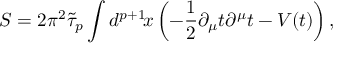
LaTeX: S = 2 \pi ^ { 2 } \tilde { \tau } _ { p } \int d ^ { p + 1 } \! x \left( - \frac { 1 } { 2 } \partial _ { \mu } t \partial ^ { \mu } t - V ( t ) \right) ,